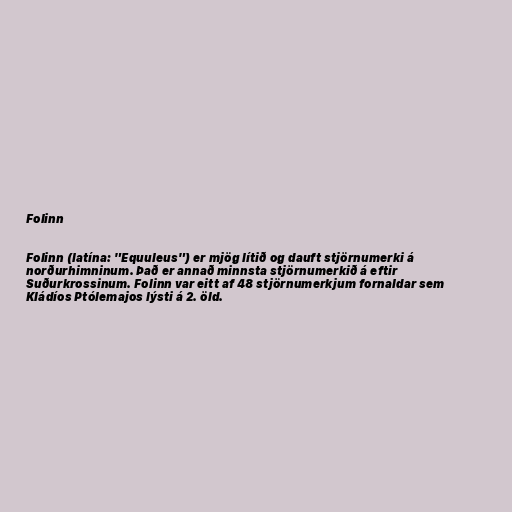
Folinn

Folinn (latína: "Equuleus") er mjög lítið og dauft stjörnumerki á
norðurhimninum. Það er annað minnsta stjörnumerkið á eftir
Suðurkrossinum. Folinn var eitt af 48 stjörnumerkjum fornaldar sem
Kládíos Ptólemajos lýsti á 2. öld.